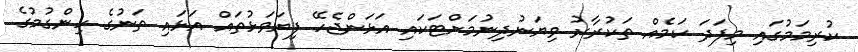
ކުރިމަމުގައި މިފަދަ ކަމެއް ތަކުރާރު ވިޔަނުދިނުމަށްޓަކައި އަޅަންޖެހޭ ފިޔަވަޅުތައް އަޅައި ތަނުގެ ހިންގުމުގެ